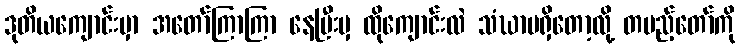
ဒုတိယကျောင်းမှာ အတော်ကြာကြာ နေပြီးမှ ထိုကျောင်းလဲ သံဃာမရှိတော့လို့ တပည့်တော်ကို